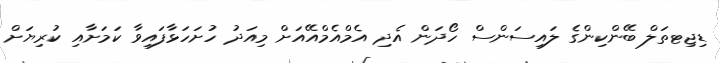
ޑިޖިޓތަލް ބޭންކިންގެ ލައިސަންސް ހޯދަން އެދި އެމްއެމްއޭއަށް މިއަދު ހުށަހަޅާފައިވާ ކަމަށާއި ކުރިޔަށް